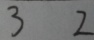
3 2